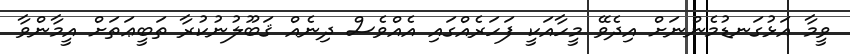
ވީމާ އަޅުގަނޑުމެންނަށް އިދެވޭ މީހާއަކީ ފަހަރެއްގައި އެއްވެސް ދިނެއް ޤަބޫލުނުކުރާ ތަބީޢަތަށް އީމާންވާ